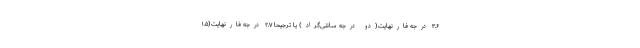
۳.۶ درجه فارنهایت(دو درجه سانتی‌گراد) یا ترجیحاً ۲.۷ درجه فارنهایت(۱.۵